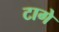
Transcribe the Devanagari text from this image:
टागे